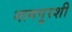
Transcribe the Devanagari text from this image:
नागपूरशी